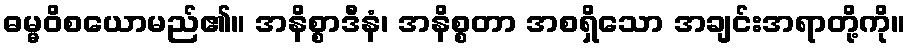
ဓမ္မဝိစယောမည်၏။ အနိစ္စာဒီနံ၊ အနိစ္စတာ အစရှိသော အချင်းအရာတို့ကို။